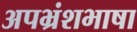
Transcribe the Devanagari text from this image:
अपभ्रंशभाषा